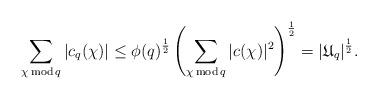
LaTeX: \begin{align*}\sum_{\chi\, {\rm mod}\, q} |c_q(\chi)| \leq \phi(q)^{\frac{1}{2}} \left(\sum_{\chi\, {\rm mod}\, q} |c(\chi)|^2\right)^{\frac{1}{2}} = |{\mathfrak U}_q|^{\frac{1}{2}}.\end{align*}